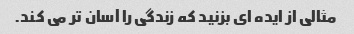
مثالی از ایده ای بزنید که زندگی را آسان تر می کند.